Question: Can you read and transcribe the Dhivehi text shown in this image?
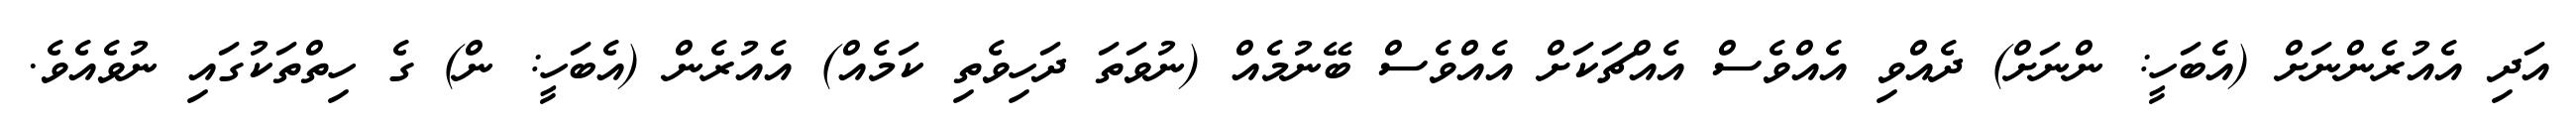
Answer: އަދި އެއުރެންނަށް (އެބަހީ: ންނަށް) ދެއްވި އެއްވެސް އެއްޗަކަށް އެއްވެސް ބޭނުމެއް (ނުވަތަ ދަހިވެތި ކަމެއް) އެއުރެން (އެބަހީ: ން) ގެ ހިތްތަކުގައި ނުވެއެވެ.